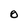
Character: O